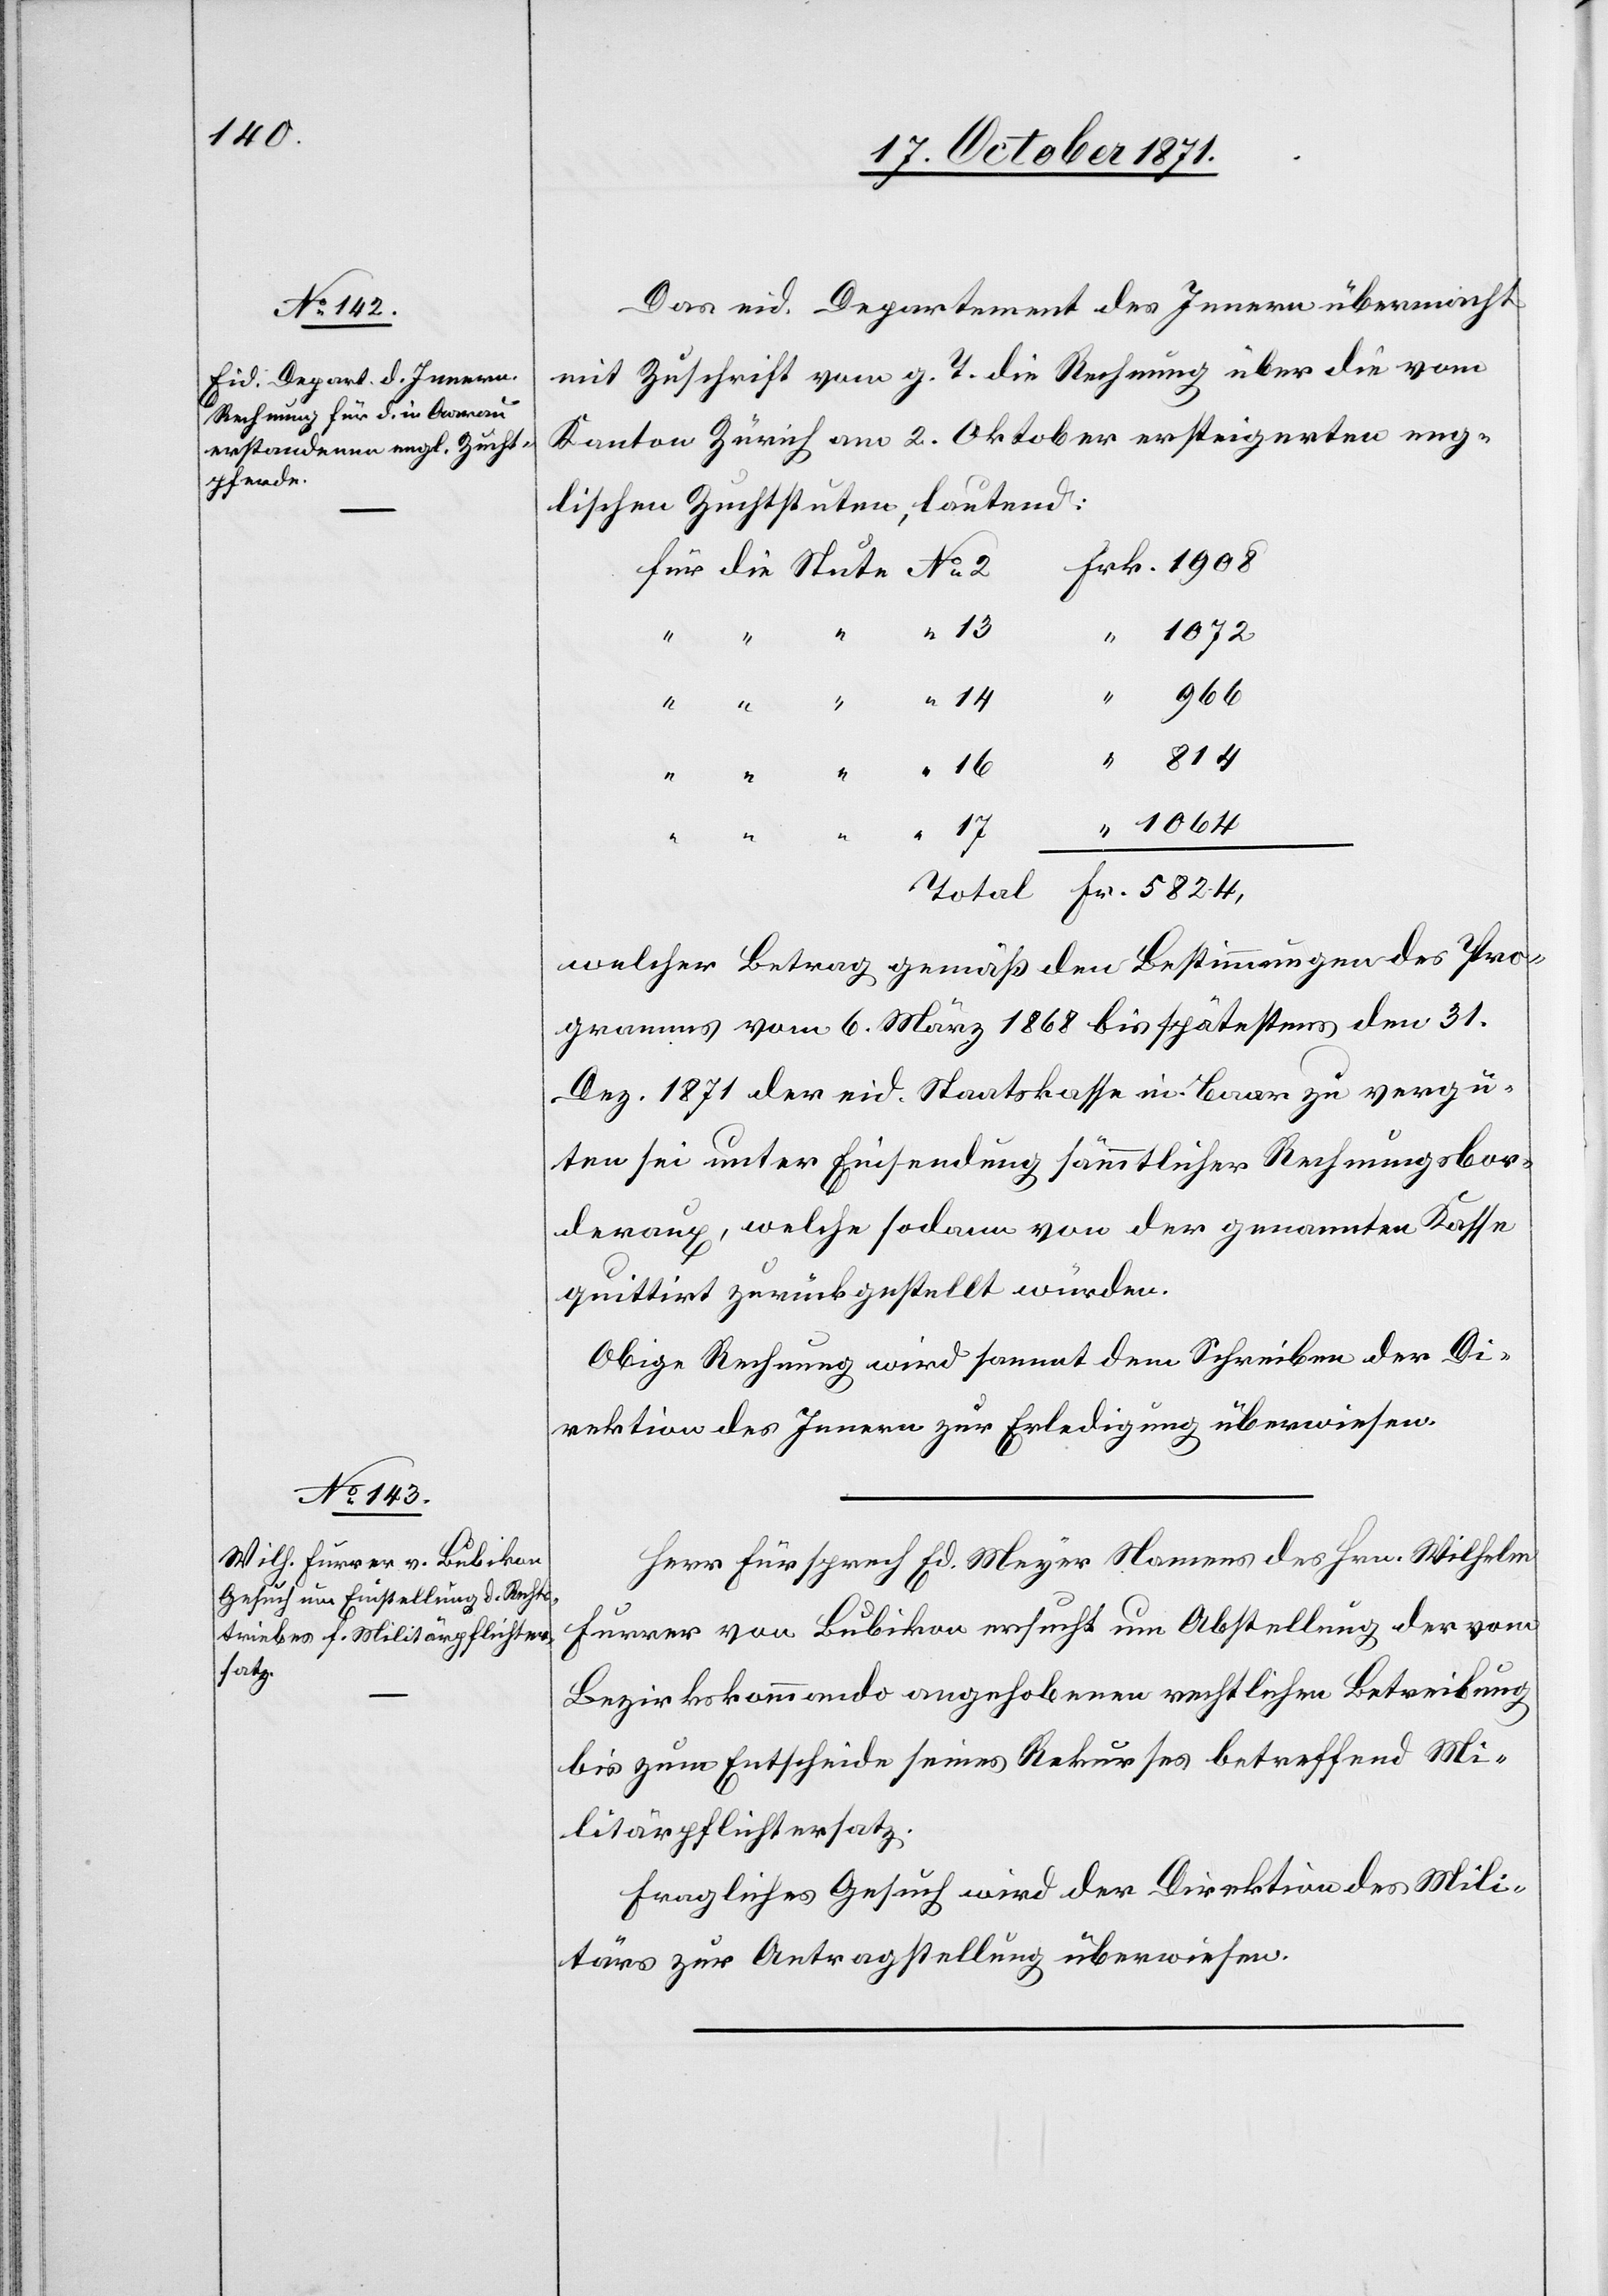
19. October 1871.]
Das eid. Departement des Innern übermacht
mit Zuschrift vom g. T. die Rechnung über die vom
Kanton Zürich am 2. Oktober ersteigerten eng¬
lischen Zuchtstuten, lautend:
Frk. 1908
“ 1072
17
Fr. 5824
Welcher Betrag gemäß den Bestimmungen des Pro¬
gramms vom 6. März 1868 bis spätestens den 31.
Dez. 1871 der eid. Staatskasse in Bern zu vergü¬
ten sei unter Einsendung sämmtlicher Rechnungsbor¬
deraux, welche sodann von der genannten Kasse
quittirt zurückgestellt würden.
Obige Rechnung wird sammt dem Schreiben der Di¬
rektion des Innern zur Erledigung überwiesen.
Herr Fürsprech Ed. Meyer Namens des Hrn. Wilhelm
Furrer von Bubikon ersucht um Abstellung der vom
Bezirkskommando angehobenen rechtlichen Betreibung
bis zum Entscheide seines Rekurses betreffend Mi¬
litärpflichtersatz.
Fragliches Gesuch wird der Direktion des Mili¬
tärs zur Antragstellung überwiesen.